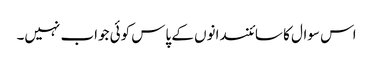
اس سوال کا سائنسدانوں کے پاس کوئی جواب نہیں۔